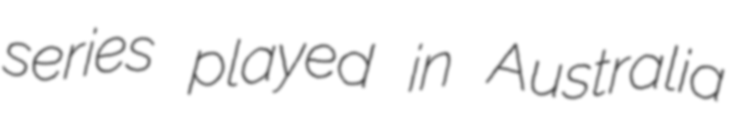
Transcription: series played in Australia